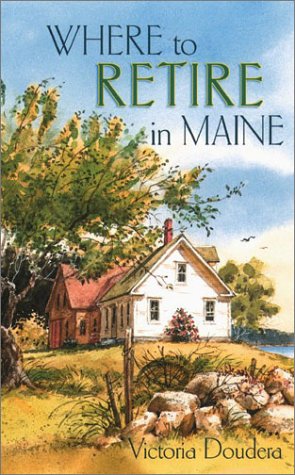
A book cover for Where to Retire in Maine; Victoria Doudera; Travel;